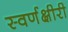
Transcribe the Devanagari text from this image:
स्वर्णक्षीरी